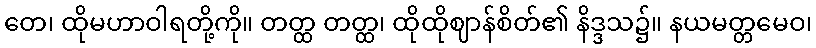
တေ၊ ထိုမဟာဝါရတို့ကို။ တတ္ထ တတ္ထ၊ ထိုထိုဈာန်စိတ်၏ နိဒ္ဒသ၌။ နယမတ္တမေဝ၊